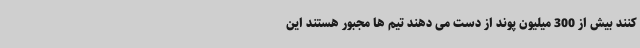
کنند بیش از 300 میلیون پوند از دست می دهند تیم ها مجبور هستند این